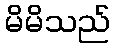
မိမိသည်